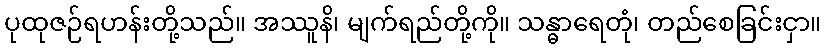
ပုထုဇဉ်ရဟန်းတို့သည်။ အဿူနိ၊ မျက်ရည်တို့ကို။ သန္ဓာရေတုံ၊ တည်စေခြင်းငှာ။